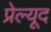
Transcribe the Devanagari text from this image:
प्रेल्यूद